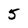
Character: 5